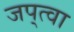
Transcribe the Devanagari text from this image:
जप्‌त्वा